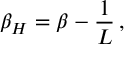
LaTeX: \beta _ { H } = \beta - { \frac { 1 } { L } } \, ,